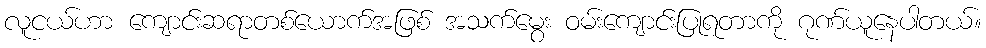
လူငယ်ဟာ ကျောင်းဆရာတစ်ယောက်အဖြစ် အသက်မွေး ဝမ်းကျောင်းပြုရတာကို ဂုဏ်ယူနေပါတယ်။